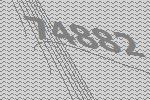
74882